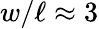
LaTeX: w/\ell\approx 3